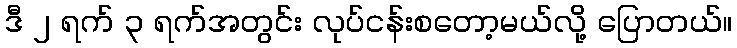
ဒီ ၂ ရက် ၃ ရက်အတွင်း လုပ်ငန်းစတော့မယ်လို့ ပြောတယ်။